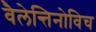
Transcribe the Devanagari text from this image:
वैलेन्तिनोविच